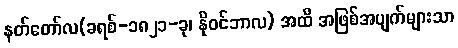
နတ်တော်လ(ခရစ်-၁၈၂၁-ခု၊ နိုဝင်ဘာလ) အထိ အဖြစ်အပျက်များသာ